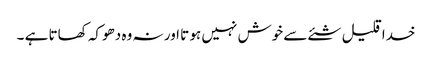
خدا قلیل شئے سے خوش نہیں ہو تا اور نہ وہ دھوکہ کھاتا ہے ۔